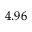
_ { 4 . 9 6 }